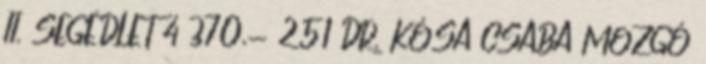
II. SEGÉDLET 4 370,- 251 DR. KÓSA CSABA MOZGÓ